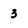
Character: 3